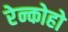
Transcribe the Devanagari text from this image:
रेन्कोहो